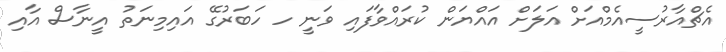
އެޗްއާރުސީއެމްއަށް އަލަށް އައްޔަން ކުރައްވާފައި ވަނީ ހ ހަބަރުގޭ އައިމިނަތު އީނާސް އާއި